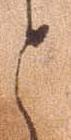
と